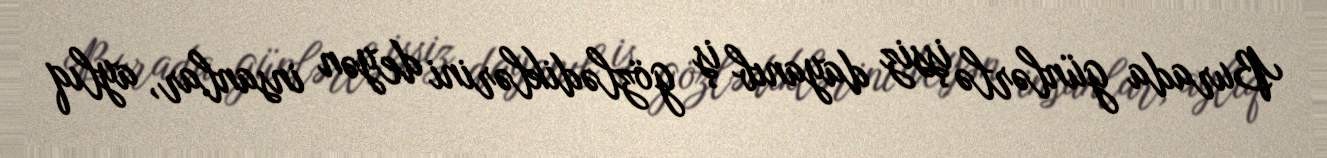
Burada günlərlə işsiz dayanıb iş gözlədiklərini deyən insanlar, aylıq